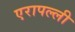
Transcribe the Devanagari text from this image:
एरापल्ली